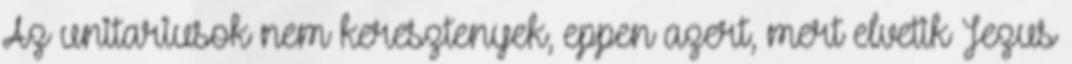
Az unitariusok nem keresztenyek, eppen azert, mert elvetik Jezus